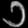
Digit: ၁